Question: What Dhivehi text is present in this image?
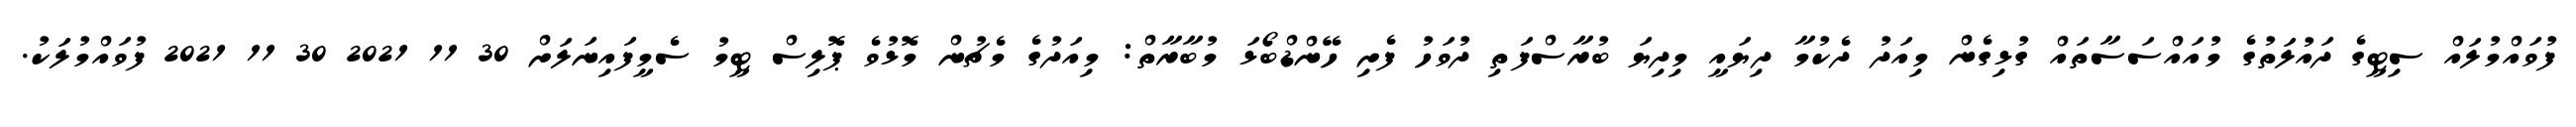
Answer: ފުވައްމުލައް ސިޓީގެ ދައުލަތުގެ މުއައްސަސާތައް ގުޅިގެން މިއަދު ދެކުމާ ދިޔައީ މިދިޔަ ބުރާސްފަތި ދުވަހު ފެށި ހޭންޑްބޯޅަ މުބާރާތް: މިއަދުގެ މެޗުން މޮޅުވެ ޕޮލިސް ޓީމު ސެމީފައިނަލަށް 30 11 2021 30 11 2021 ފުވައްމުލަކު.